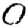
Digit: 0